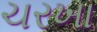
ચરખા